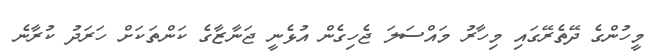
މީހުންގެ ދޭތެރޭގައި މިހާރު މައްސަލަ ޖެހިގެން އުޅެނީ ޖަނާޒާގެ ކަންތަކަށް ހަރަދު ކުރާނެ